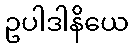
ဥပါဒါနိယေ